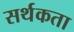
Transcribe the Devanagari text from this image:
सर्थकता